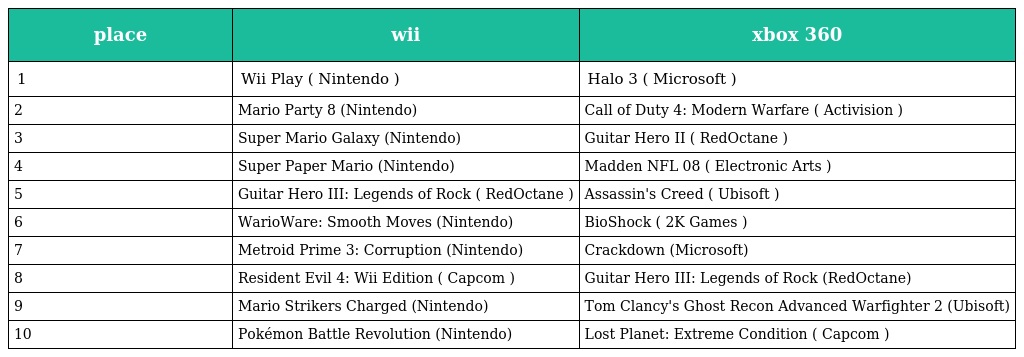
| place | wii | xbox 360 |
 | --- | --- | --- |
 | 1 | Wii Play ( Nintendo ) | Halo 3 ( Microsoft ) |
 | 2 | Mario Party 8 (Nintendo) | Call of Duty 4: Modern Warfare ( Activision ) |
 | 3 | Super Mario Galaxy (Nintendo) | Guitar Hero II ( RedOctane ) |
 | 4 | Super Paper Mario (Nintendo) | Madden NFL 08 ( Electronic Arts ) |
 | 5 | Guitar Hero III: Legends of Rock ( RedOctane ) | Assassin's Creed ( Ubisoft ) |
 | 6 | WarioWare: Smooth Moves (Nintendo) | BioShock ( 2K Games ) |
 | 7 | Metroid Prime 3: Corruption (Nintendo) | Crackdown (Microsoft) |
 | 8 | Resident Evil 4: Wii Edition ( Capcom ) | Guitar Hero III: Legends of Rock (RedOctane) |
 | 9 | Mario Strikers Charged (Nintendo) | Tom Clancy's Ghost Recon Advanced Warfighter 2 (Ubisoft) |
 | 10 | Pokémon Battle Revolution (Nintendo) | Lost Planet: Extreme Condition ( Capcom ) |